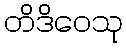
တိဒိဝေသု